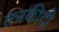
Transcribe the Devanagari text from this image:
तनकीदी